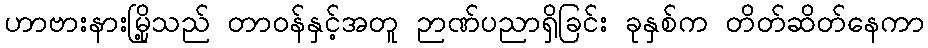
ဟာဗားနားမြို့သည် တာဝန်နှင့်အတူ ဉာဏ်ပညာရှိခြင်း ခုနှစ်က တိတ်ဆိတ်နေကာ